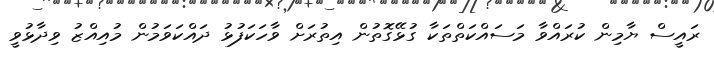
ރައީސް ޔާމިން ކުރައްވާ މަސައްކަތްތަކާ ގުޅޭގޮތުން އިތުރަށް ވާހަކަފުޅު ދައްކަވަމުން މުއިއްޒު ވިދާޅުވީ